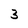
Character: 3